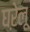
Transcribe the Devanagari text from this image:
घऱेलू